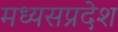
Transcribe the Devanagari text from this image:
मध्यसप्रदेश